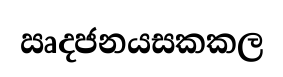
ඍදජනයසකකල